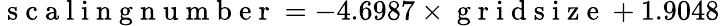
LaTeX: \mathrm{~s~c~a~l~i~n~g~n~u~m~b~e~r~}=-4.6987\times\mathrm{~g~r~i~d~s~i~z~e~}+1.9048